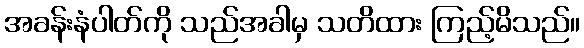
အခန်းနံပါတ်ကို သည်အခါမှ သတိထား ကြည့်မိသည်။